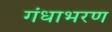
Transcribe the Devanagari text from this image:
गंधाभरण